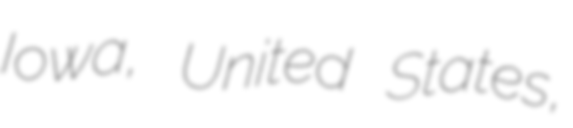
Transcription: Iowa, United States,